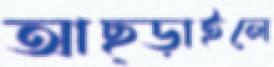
আছ্‌ড়াইলে